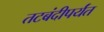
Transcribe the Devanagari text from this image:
तटबंदीपर्यंत